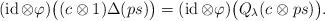
LaTeX: \begin{align*}(\operatorname{id}\otimes\varphi)\bigl((c\otimes1)\Delta(ps)\bigr)=(\operatorname{id}\otimes\varphi)\bigl(Q_{\lambda}(c\otimes ps)\bigr).\end{align*}